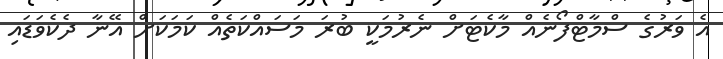
އެ ވަރުގެ ސްމާޓްފޯނެއް މާކެޓަށް ނެރުމަކީ ބުރަ މަސައްކަތެއް ކަމަކަށް އޭނާ ދެކެވަޑައި